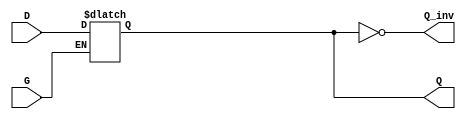
module dual_input_gated_latch (
    input wire D,      // Data Input
    input wire G,      // Gate/Control Input
    output reg Q,      // Output
    output wire Q_inv   // Inverted Output
);

// Invert the output Q to get Q'
assign Q_inv = ~Q;

// Always block to model the latch behavior
always @ (G or D) begin
    if (G) begin
        Q <= D;      // When G is high, Q follows D
    end
    // When G is low, Q retains its value (no action needed)
end

endmodule